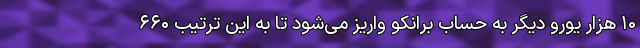
۱۰ هزار یورو دیگر به حساب برانکو واریز می‌شود تا به این ترتیب ۶۶۰